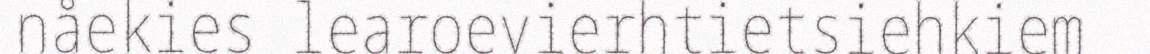
nåekies learoevierhtietsiehkiem